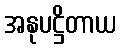
အနုပဋ္ဌိတာယ